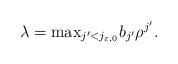
LaTeX: \begin{align*} \lambda = {\rm max}_{j'<j_{\varepsilon,0}} b_{j'}\rho^{j'}. \end{align*}